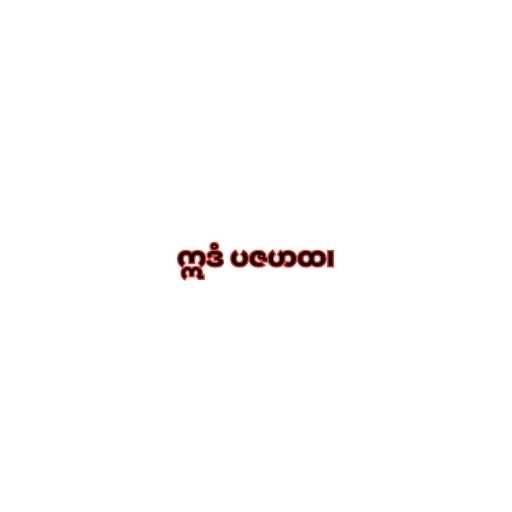
ဣဒံ ပဇဟထ၊